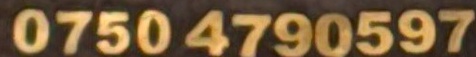
0750 4790597